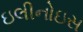
ઇલીનોઇસ